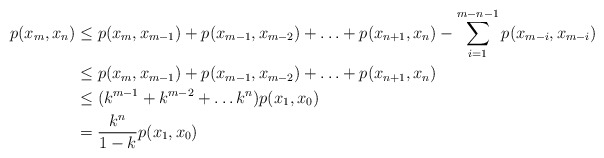
\begin{align*}p(x_m,x_n)&\leq p(x_m,x_{m-1})+p(x_{m-1},x_{m-2})+\ldots+p(x_{n+1},x_n)-\sum_{i=1}^{m-n-1}p(x_{m-i},x_{m-i})\\&\leq p(x_m,x_{m-1})+p(x_{m-1},x_{m-2})+\ldots+p(x_{n+1},x_n)\\&\leq(k^{m-1}+k^{m-2}+\ldots k^n)p(x_1,x_0)\\&=\frac{k^n}{1-k}p(x_1,x_0)\end{align*}